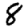
Digit: 8